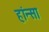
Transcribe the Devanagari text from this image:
हांन्सा